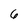
Character: 6